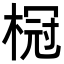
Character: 𬃧